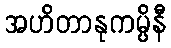
အဟိတာနုကမ္ပိနီ